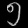
Digit: ၅